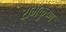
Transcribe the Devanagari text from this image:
रामकृुष्ण